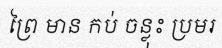
ព្រៃ មាន កប់ ចន្លុះ ប្រមរ